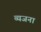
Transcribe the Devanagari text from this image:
व्यजना